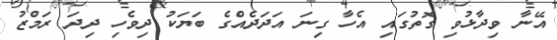
އޭނާ ވިދާޅުވި ގޮތުގައި އެހާ ގިނަ އަދަދެއްގެ ބަޔަކު ދިވެހި ދިދަ ރަމްޒު